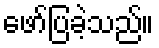
ဖော်ပြခဲ့သည်။